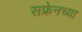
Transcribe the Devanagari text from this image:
सफ्रेनच्या